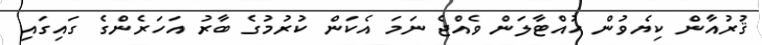
ޤުރުއާން ކިޔެވުން ހުއްޓާލަން ވެއްޖެ ނަމަ އެކަން ކުރުމުގެ ބާރު އަހަރެންގެ ގައިގައި